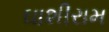
ઘાશીરામ